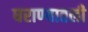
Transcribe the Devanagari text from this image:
घराण्यातली